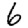
Digit: 6